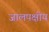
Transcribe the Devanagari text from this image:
जालपक्षीय